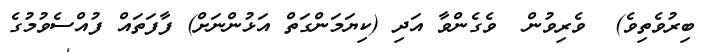
ބިރުވެތިވެ)  ވެރިވުން  ވެގެންވާ އަދި (ކިޔަމަންގަތް އަޅުންނަށް) ފާފަތައް ފުއްސެވުމުގެ